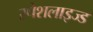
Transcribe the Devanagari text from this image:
स्पेशलाइज्ड